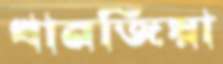
খানজিয়া